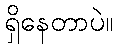
ရှိနေတာပဲ။